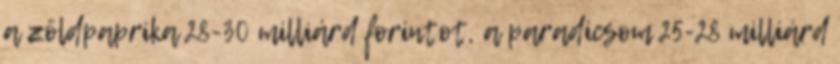
a zöldpaprika 28-30 milliárd forintot, a paradicsom 25-28 milliárd